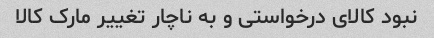
نبود کالای درخواستی و به ناچار تغییر مارک کالا